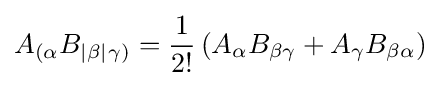
A_{(\alpha }B_{|\beta |}{}_{\gamma )}={\dfrac {1}{2!}}\left(A_{\alpha }B_{\beta \gamma }+A_{\gamma }B_{\beta \alpha }\right)